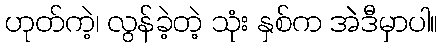
ဟုတ်ကဲ့၊ လွန်ခဲ့တဲ့ သုံး နှစ်က အဲဒီမှာပါ။